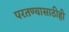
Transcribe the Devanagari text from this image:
परतण्यासाठीही